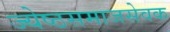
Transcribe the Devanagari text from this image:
ज्येष्ठसमाजसेवक